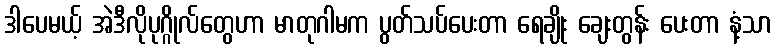
ဒါပေမယ့် အဲဒီလိုပုဂ္ဂိုလ်တွေဟာ မာတုဂါမက ပွတ်သပ်ပေးတာ ရေချိုး ချေးတွန်း ပေးတာ နံ့သာ